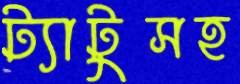
ট্যাটুসহ